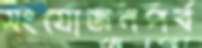
সংযোজনপর্ব